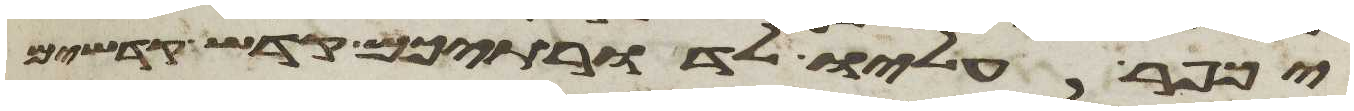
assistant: יכפר עליו לדרתיכם קדש קדשים